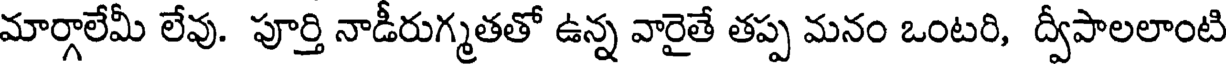
మార్గాలేమీ లేవు. పూర్తి నాడీరుగ్మతతో ఉన్న వారైతే తప్ప మనం ఒంటరి, ద్వీపాలలాంటి